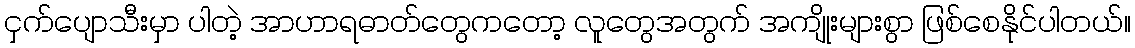
ငှက်ပျောသီးမှာ ပါတဲ့ အာဟာရဓာတ်တွေကတော့ လူတွေအတွက် အကျိုးများစွာ ဖြစ်စေနိုင်ပါတယ်။